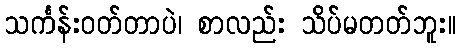
သင်္ကန်းဝတ်တာပဲ၊ စာလည်း သိပ်မတတ်ဘူး။